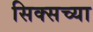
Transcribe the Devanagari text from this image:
सिक्सच्या